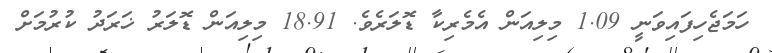
ހަމަޖެހިފައިވަނީ 1.09 މިލިއަން އެމެރިކާ ޑޮލަރެވެ. 18.91 މިލިއަން ޑޮލަރު ޚަރަދު ކުރުމަށް